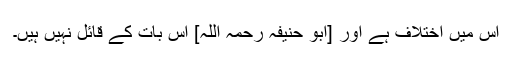
اس میں اختلاف ہے اور [ابو حنیفہ رحمہ اللہ] اس بات کے قائل نہیں ہیں۔